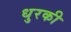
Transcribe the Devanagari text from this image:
धुरकी